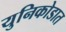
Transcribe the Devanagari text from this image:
युनिकोडात